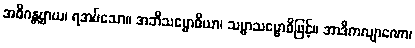
အဓိဂန္တဗ္ဗာယ၊ ရအပ်သော။ အဘိသမ္ဗောဓိယာ၊ သမ္မာသမ္ဗောဓိဖြင့်။ အာဒိကလျာဏော၊